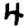
Digit: 4